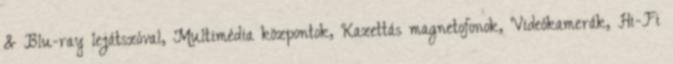
& Blu-ray lejátszóval, Multimédia központok, Kazettás magnetofonok, Videókamerák, Hi-Fi